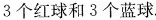
个红球和3个蓝球.